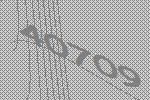
40709